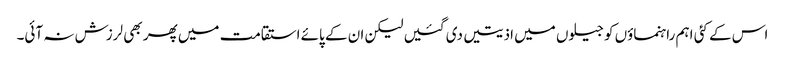
اس کے کئی اہم راہنماؤں کو جیلوں میں اذیتیں دی گئیں لیکن ان کے پائے استقامت میں پھر بھی لرزش نہ آئی۔